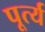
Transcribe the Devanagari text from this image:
पूर्त्य